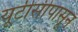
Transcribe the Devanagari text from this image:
यूटीसीपासून